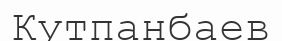
Кутпанбаев